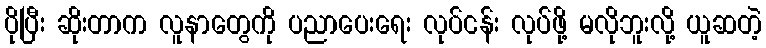
ပိုပြီး ဆိုးတာက လူနာတွေကို ပညာပေးရေး လုပ်ငန်း လုပ်ဖို့ မလိုဘူးလို့ ယူဆတဲ့